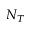
N _ { T }